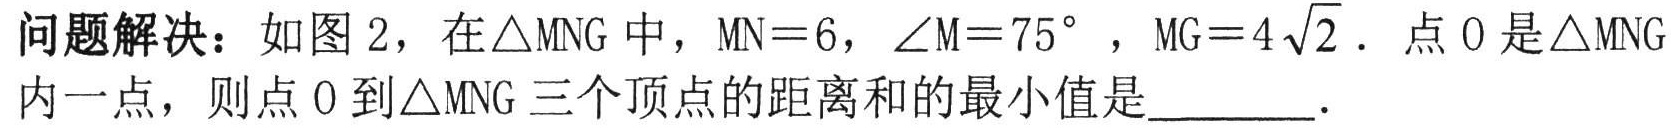
问题解决：如图2，在\(\triangle MNG\)中，\(MN = 6\)，\(\angle M = 75^{\circ}\)，\(MG = 4\sqrt{2}\)．点\(O\)是\(\triangle MNG\)内一点，则点\(O\)到\(\triangle MNG\)三个顶点的距离和的最小值是________．